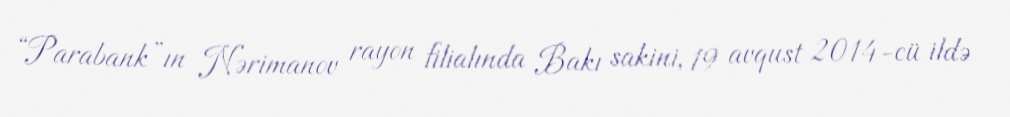
“Parabank”ın Nərimanov rayon filialında Bakı sakini, 19 avqust 2014-cü ildə